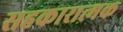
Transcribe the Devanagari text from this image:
सहकारात्मक